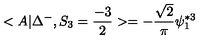
< A | \Delta ^ { - } , S _ { 3 } = \frac { - 3 } { 2 } > = - \frac { \sqrt { 2 } } { \pi } \psi _ { 1 } ^ { * 3 }